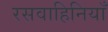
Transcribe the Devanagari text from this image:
रसवाहिनियाँ